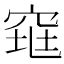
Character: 𰩋